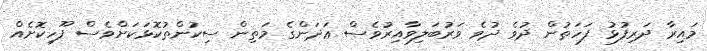
މައިރާ ދަރިފުޅު ފަހަތުން ދުވެ ދުވެ ވަރުބަލިވާއިރުވެސް ޢަދަންގެ މަތިން ސިކުންތުކޮޅަކަށްވެސް ފޫހިކޮށެއް